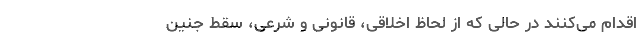
اقدام می‌‌کنند در حالی‌ که از لحاظ اخلاقی، قانونی و شرعی، سقط جنین